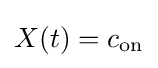
X(t)=c_{\mathrm {on} }